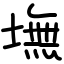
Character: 墲